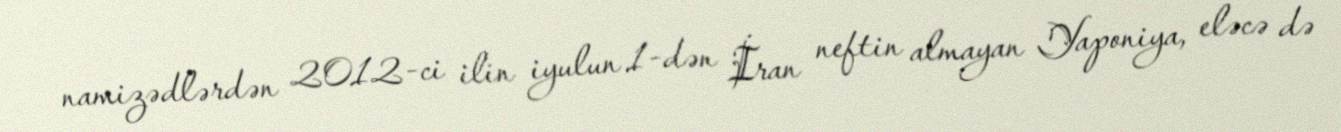
namizədlərdən 2012-ci ilin iyulun 1-dən İran neftin almayan Yaponiya, eləcə də